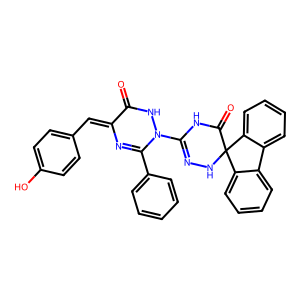
SMILES: O=C1NN(C2=NNC3(C(=O)N2)c2ccccc2-c2ccccc23)C(c2ccccc2)=NC1=Cc1ccc(O)cc1
Inhibits HIV replication: No